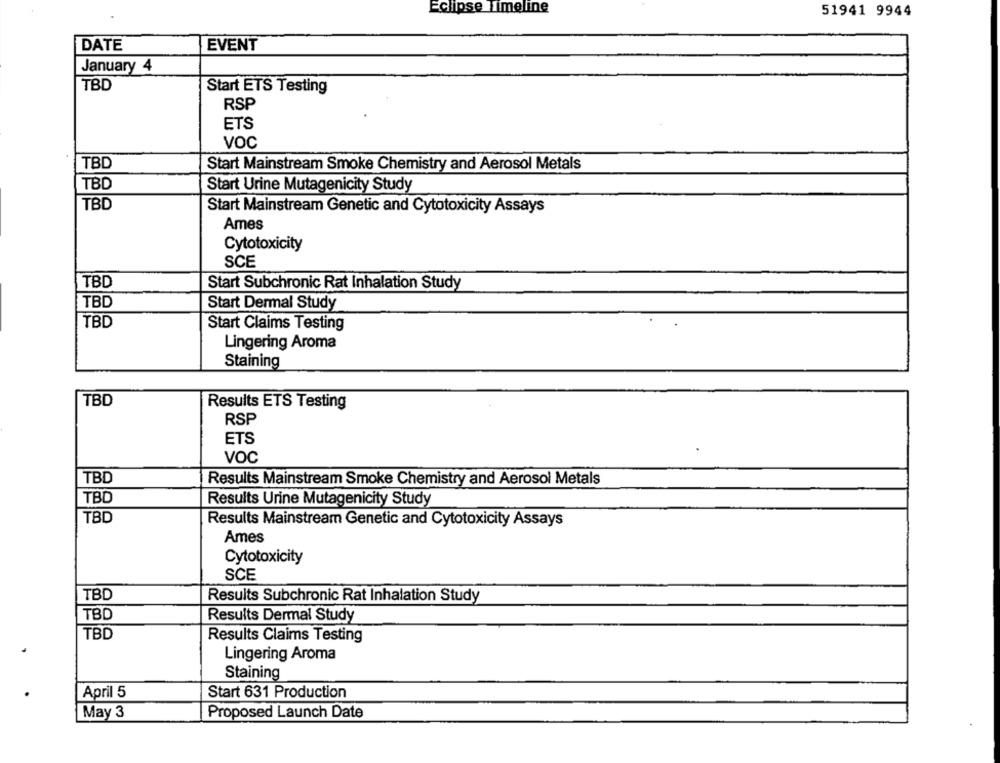
Eclipse Timeline
51941 9944
DATE
EVENT
January 4
TBD
Start ETS Testing
RSP
ETS
VOC
TBD
Start Mainstream Smoke Chemistry and Aerosol Metals
TBD
Start Urine Mutagenicity Study
TBD
Start Mainstream Genetic and Cytotoxicity Assays
Ames
Cytotoxicity
SCE
TBD
Start Subchronic Rat Inhalation Study
TBD
Start Dermal Study
TBD
Start Claims Testing
Lingering Aroma
Staining
TBD
Results ETS Testing
RSP
ETS
VOC
TBD
Results Mainstream Smoke Chemistry and Aerosol Metals
TBD
Results Urine Mutagenicity Study
TBD
Results Mainstream Genetic and Cytotoxicity Assays
Ames
Cytotoxicity
SCE
TBD
Results Subchronic Rat Inhalation Study
TBD
Results Dermal Study
TBD
Results Claims Testing
Lingering Aroma
Staining
April 5
Start 631 Production
May 3
Proposed Launch Date